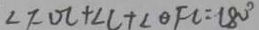
\angle F O C + \angle C + \angle \theta F C = 1 8 0 ^ { \circ }